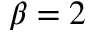
\beta = 2